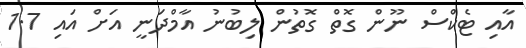
އާއި ޓެކްސް ނޫން ގޮތް ގޮތުން ލިބުނު އާމްދަނީ އަށް އައި 1.7